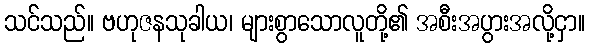
သင်သည်။ ဗဟုဇနသုခါယ၊ များစွာသောလူတို့၏ အစီးအပွားအလို့ငှာ။